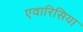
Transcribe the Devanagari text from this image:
एवारिसिया